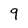
Character: 9